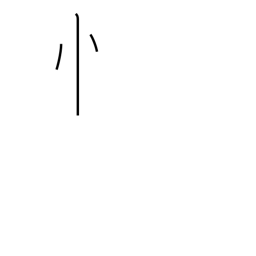
Meaning: standing heart radical variant (no. 61)